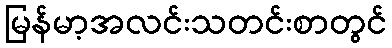
မြန်မာ့အလင်းသတင်းစာတွင်